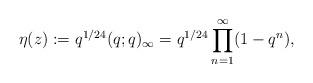
LaTeX: \begin{align*}\eta(z):=q^{1/24}(q;q)_{\infty}=q^{1/24}\prod_{n=1}^{\infty}(1-q^n),\end{align*}